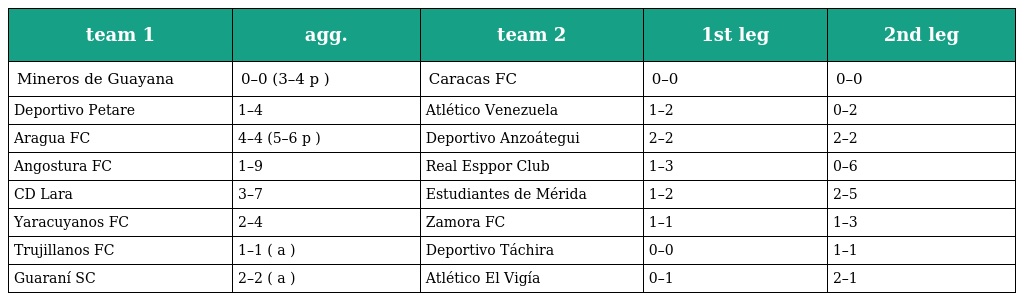
| team 1 | agg. | team 2 | 1st leg | 2nd leg |
 | --- | --- | --- | --- | --- |
 | Mineros de Guayana | 0–0 (3–4 p ) | Caracas FC | 0–0 | 0–0 |
 | Deportivo Petare | 1–4 | Atlético Venezuela | 1–2 | 0–2 |
 | Aragua FC | 4–4 (5–6 p ) | Deportivo Anzoátegui | 2–2 | 2–2 |
 | Angostura FC | 1–9 | Real Esppor Club | 1–3 | 0–6 |
 | CD Lara | 3–7 | Estudiantes de Mérida | 1–2 | 2–5 |
 | Yaracuyanos FC | 2–4 | Zamora FC | 1–1 | 1–3 |
 | Trujillanos FC | 1–1 ( a ) | Deportivo Táchira | 0–0 | 1–1 |
 | Guaraní SC | 2–2 ( a ) | Atlético El Vigía | 0–1 | 2–1 |